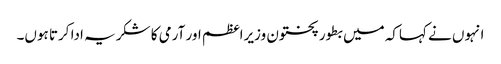
انہوں نے کہاکہ میں بطور پختون وزیراعظم اور آرمی کا شکریہ ادا کرتا ہوں۔